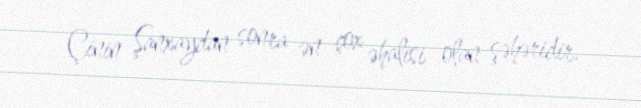
Çinin Şanxaydan sonra ən çox əhalisi olan şəhəridir.